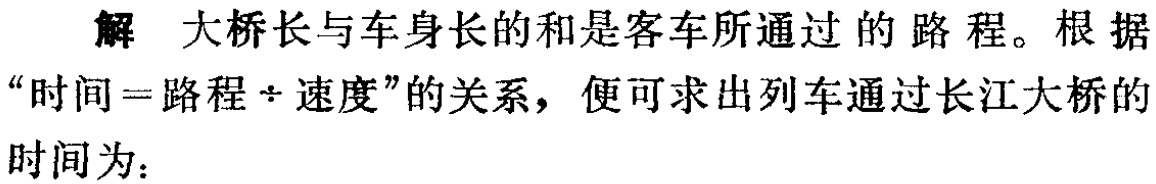
解 大桥长与车身长的和是客车所通过的路程。根据“时间=路程÷速度”的关系，便可求出列车通过长江大桥的时间为：